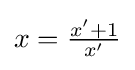
{\textstyle x={\frac {x'+1}{x'}}}